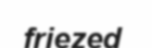
friezed